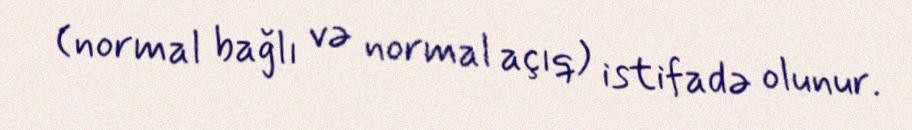
(normal bağlı və normal açıq) istifadə olunur.